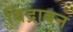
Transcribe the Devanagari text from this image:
बिंद्राबन